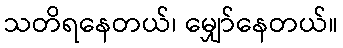
သတိရနေတယ်၊ မျှော်နေတယ်။